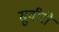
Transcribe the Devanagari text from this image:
सुवीरो